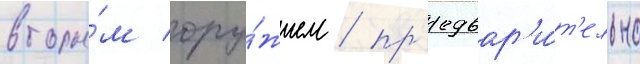
вторы́м ору́жием / пр'едвар'и́т'ельно